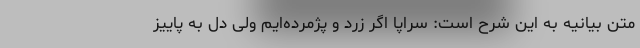
متن بیانیه به این شرح است: سراپا اگر زرد و پژمرده‌ایم ولی دل به پاییز